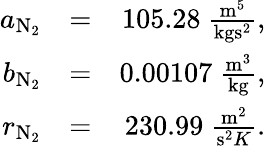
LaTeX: \begin{array}{rlr}{a_{\mathrm{N}_{2}}}&{=}&{105.28~\frac{\mathrm{m}^{5}}{\mathrm{kg}\mathrm{s}^{2}},}\\ {b_{\mathrm{N}_{2}}}&{=}&{0.00107~\frac{\mathrm{m}^{3}}{\mathrm{kg}},}\\ {r_{\mathrm{N}_{2}}}&{=}&{230.99~\frac{\mathrm{m}^{2}}{\mathrm{s}^{2}K}.}\end{array}